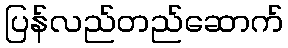
ပြန်လည်တည်ဆောက်